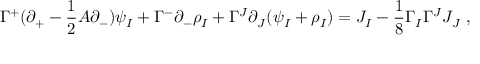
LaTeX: \Gamma ^ { + } ( \partial _ { + } - \frac { 1 } { 2 } A \partial _ { - } ) \psi _ { I } + \Gamma ^ { - } \partial _ { - } \rho _ { I } + \Gamma ^ { J } \partial _ { J } ( \psi _ { I } + \rho _ { I } ) = J _ { I } - \frac { 1 } { 8 } \Gamma _ { I } \Gamma ^ { J } J _ { J } ~ ,